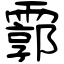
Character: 霩